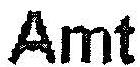
AMT